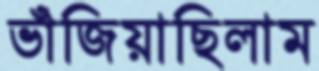
ভাঁজিয়াছিলাম